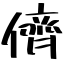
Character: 儕